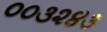
૦૦૩૨૪૩